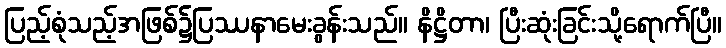
ပြည့်စုံသည့်အဖြစ်၌ပြဿနာမေးခွန်းသည်။ နိဋ္ဌိတာ၊ ပြီးဆုံးခြင်းသို့ရောက်ပြီ။